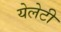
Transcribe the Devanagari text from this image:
येलेटी